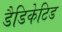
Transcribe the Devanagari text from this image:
डैडिकेटिड